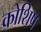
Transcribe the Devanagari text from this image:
कोशिष